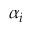
\alpha _ { i }